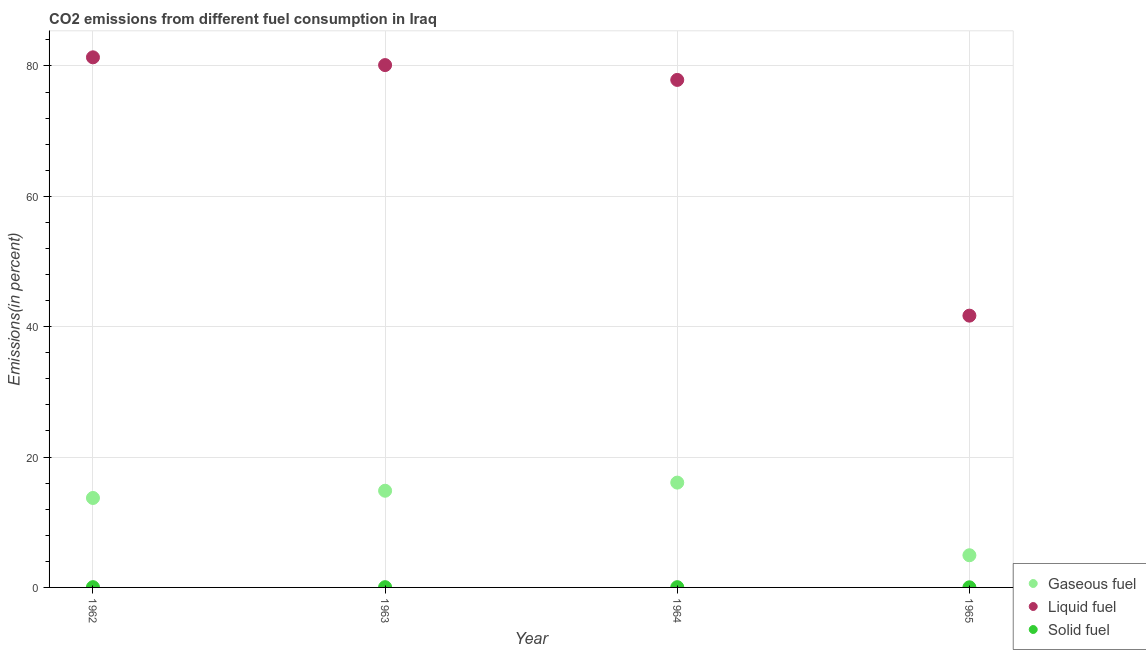
| Year | Gaseous fuel | Liquid fuel | Solid fuel |
 | --- | --- | --- | --- |
 | 1962 | 13.7 | 81.3 | 0.0406 |
 | 1963 | 14.8 | 80.1 | 0.039 |
 | 1964 | 16.1 | 77.9 | 0.0404 |
 | 1965 | 4.94 | 41.7 | 0.019 |